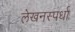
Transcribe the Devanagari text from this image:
लेखनस्पर्धा